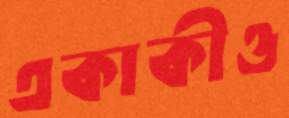
একাকীও